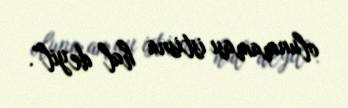
olunmaması istisna hal deyil”.